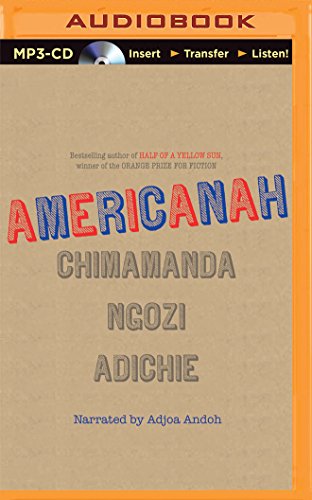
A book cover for Americanah; Chimamanda Ngozi Adichie; Literature & Fiction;